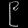
Digit: ၉